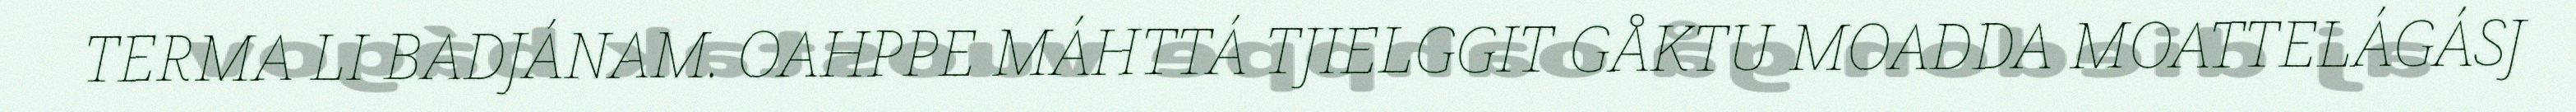
TERMA LI BADJÁNAM. OAHPPE MÁHTTÁ TJIELGGIT GÅKTU MOADDA MOATTELÁGÁSJ